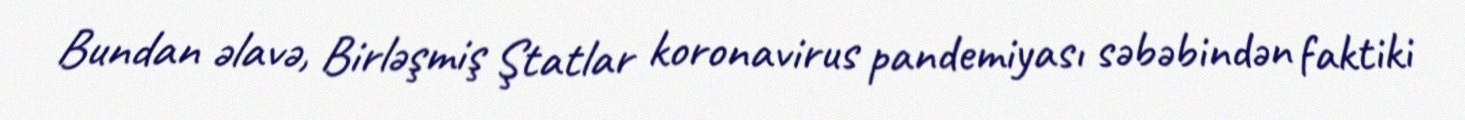
Bundan əlavə, Birləşmiş Ştatlar koronavirus pandemiyası səbəbindən faktiki